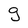
Character: g